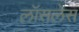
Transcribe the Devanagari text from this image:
लॉसलेस